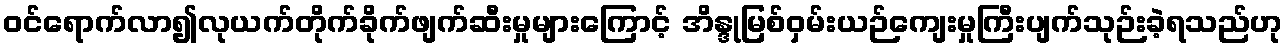
ဝင်ရောက်လာ၍လုယက်တိုက်ခိုက်ဖျက်ဆီးမှုများကြောင့် အိန္ဒုမြစ်ဝှမ်းယဉ်ကျေးမှုကြီးပျက်သုဉ်းခဲ့ရသည်ဟု